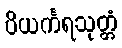
ပိယင်္ကရသုတ္တံ